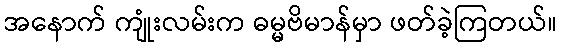
အနောက် ကျုံးလမ်းက ဓမ္မဗိမာန်မှာ ဖတ်ခဲ့ကြတယ်။